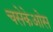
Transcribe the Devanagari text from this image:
चसेकेओस